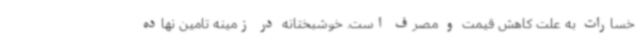
خسارات به علت کاهش قیمت و مصرف است. خوشبختانه در زمینه تامین نهاده